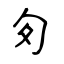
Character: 匇